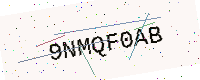
Text: 9NMQF0AB